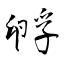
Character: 孵